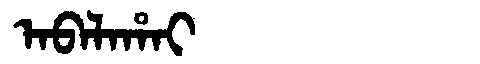
Manchu: ᠠᠪᠠᠯᠠᡥᠠᡳ
Romanization: ABALAHAI